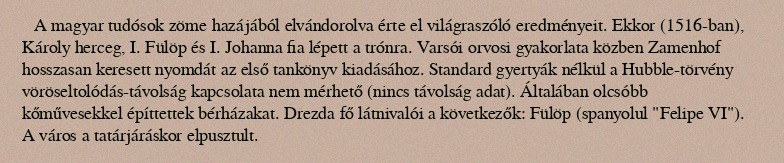
A magyar tudósok zöme hazájából elvándorolva érte el világraszóló eredményeit. Ekkor (1516-ban), Károly herceg, I. Fülöp és I. Johanna fia lépett a trónra. Varsói orvosi gyakorlata közben Zamenhof hosszasan keresett nyomdát az első tankönyv kiadásához. Standard gyertyák nélkül a Hubble-törvény vöröseltolódás-távolság kapcsolata nem mérhető (nincs távolság adat). Általában olcsóbb kőművesekkel építtettek bérházakat. Drezda fő látnivalói a következők: Fülöp (spanyolul "Felipe VI"). A város a tatárjáráskor elpusztult.